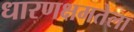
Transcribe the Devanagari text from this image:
धारणक्षमतेला